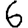
Digit: 6